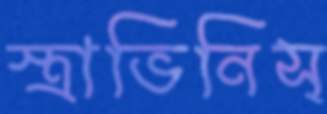
স্ত্রাভিনিস্